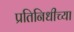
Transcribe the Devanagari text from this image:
प्रतिनिधीच्या